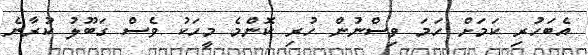
އެބަހުރި ކަމަށް ހަމަ ވިސްނުން ހުރި ކޮންމެ މީހަކު ވެސް ގަބޫލު ކުރާނެ